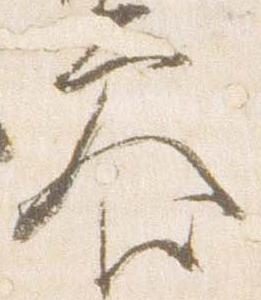
参